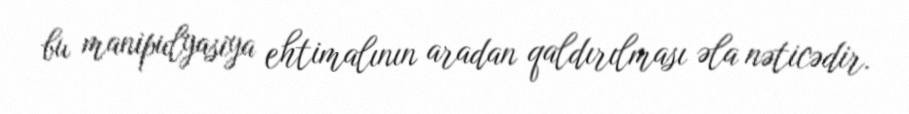
bu manipulyasiya ehtimalının aradan qaldırılması əla nəticədir.